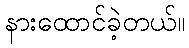
နားထောင်ခဲ့တယ်။